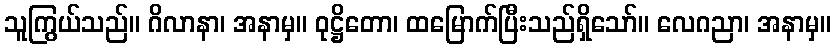
သူကြွယ်သည်။ ဂိလာနာ၊ အနာမှ။ ဝုဋ္ဌိတော၊ ထမြောက်ပြီးသည်ရှိသော်။ လေဂညာ၊ အနာမှ။